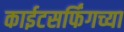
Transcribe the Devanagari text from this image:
काईटसर्फिंगच्या